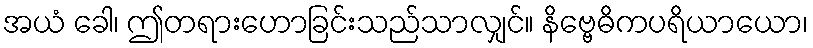
အယံ ခေါ၊ ဤတရားဟောခြင်းသည်သာလျှင်။ နိဗ္ဗေဓိကပရိယာယော၊